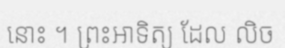
នោះ ។ ព្រះអាទិត្យ ដែល លិច